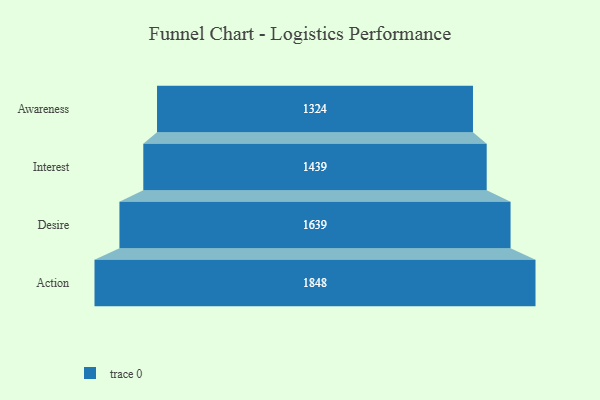
{"axis": {"x": "Stage", "y": "Value"}, "legend": [""], "data": [{"x": "Awareness", "y": 1324.0, "type": ""}, {"x": "Interest", "y": 1439.0, "type": ""}, {"x": "Desire", "y": 1639.0, "type": ""}, {"x": "Action", "y": 1848.0, "type": ""}]}